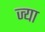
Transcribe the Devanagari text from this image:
ज्‍या